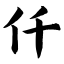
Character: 仟